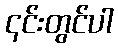
၎င်းတွင်ပါ